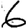
Digit: 6